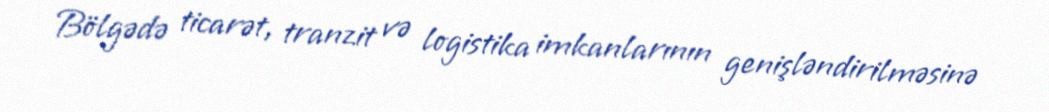
Bölgədə ticarət, tranzit və logistika imkanlarının genişləndirilməsinə